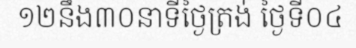
១២នឹង៣០នាទីថ្ងៃត្រង់ ថ្ងៃទី០៤